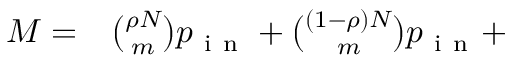
\begin{array} { r l } { M = } & { { } \binom { \rho N } { m } p _ { \mathrm { ~ i ~ n ~ } } + \binom { ( 1 - \rho ) N } { m } p _ { \mathrm { ~ i ~ n ~ } } + } \end{array}